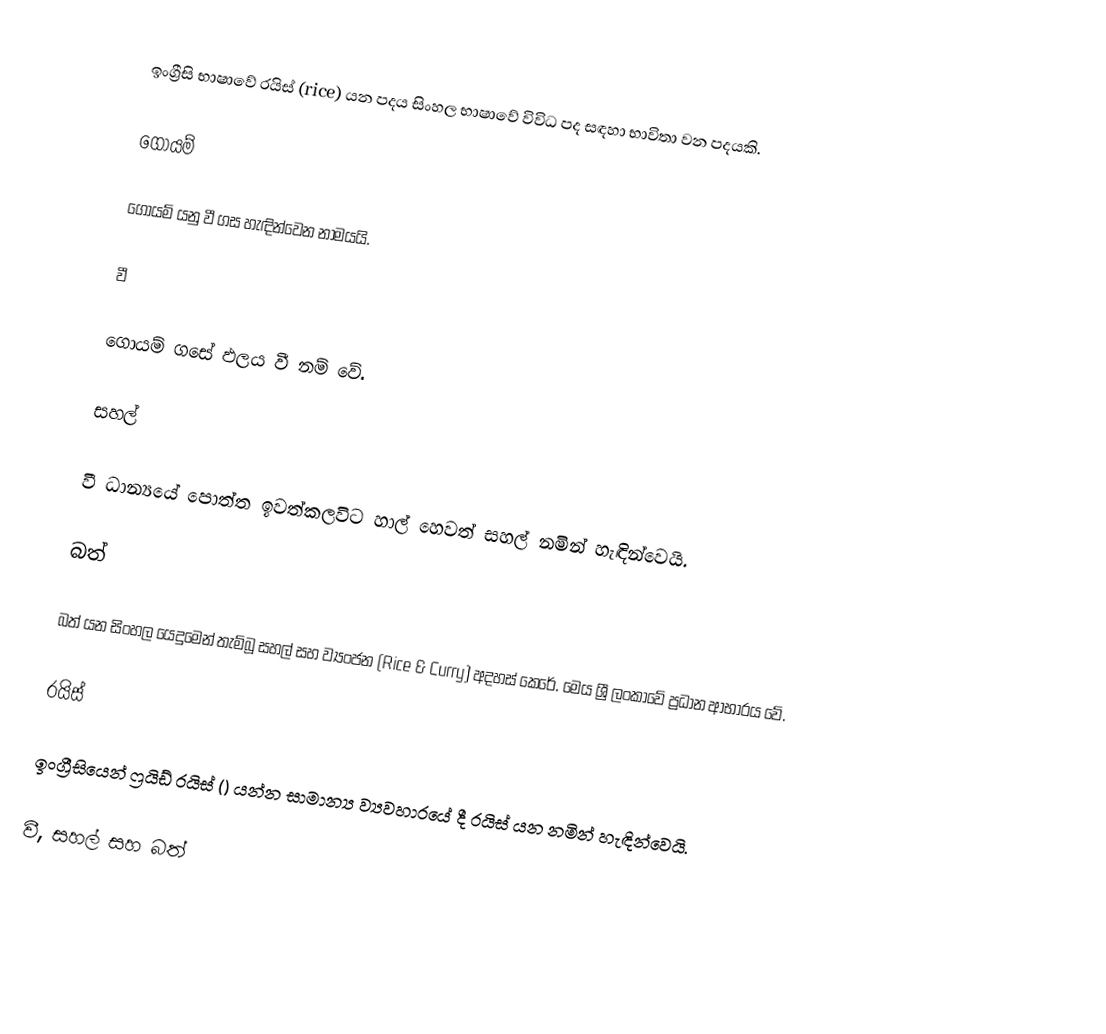
ඉංග්‍රීසි භාෂාවේ රයිස් (rice) යන පදය සිංහල භාෂාවේ විවිධ පද සඳහා භාවිතා වන පදයකි.

ගොයම්

ගොයම් යනු වී ගස හැඳින්වෙන නාමයයි.

වී

ගොයම් ගසේ ඵලය වී නම් වේ.

සහල්

‍වී ධාන්‍යයේ පොත්ත ඉවත්කලවිට හාල් හෙවත් සහල් නමින් හැඳින්වෙයි.

බත්

බත් යන සිංහල යෙදුමෙන්  තැම්බූ සහල් සහ ව්‍යංජන (Rice & Curry) අදහස් කෙරේ. මෙය  ශ්‍රී ලංකාවේ ප්‍රධාන ආභාරය වේ.

රයිස්

ඉංග්‍රීසියෙන් ෆ්‍රයිඩ් රයිස් () යන්න සාමාන්‍ය ව්‍යවහාරයේ දී රයිස් යන නමින් හැඳින්වෙයි.

වී, සහල් සහ බත්